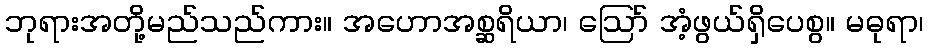
ဘုရားအတို့မည်သည်ကား။ အဟောအစ္ဆရိယာ၊ ဩော် အံ့ဖွယ်ရှိပေစွ။ မဓုရာ၊